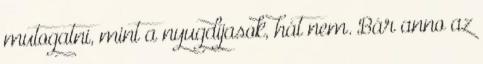
mutogatni, mint a nyugdíjasok, hát nem. Bár anno az